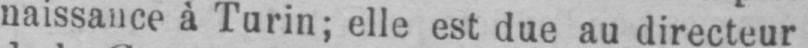
naissance à Turin; elle est due au directeur